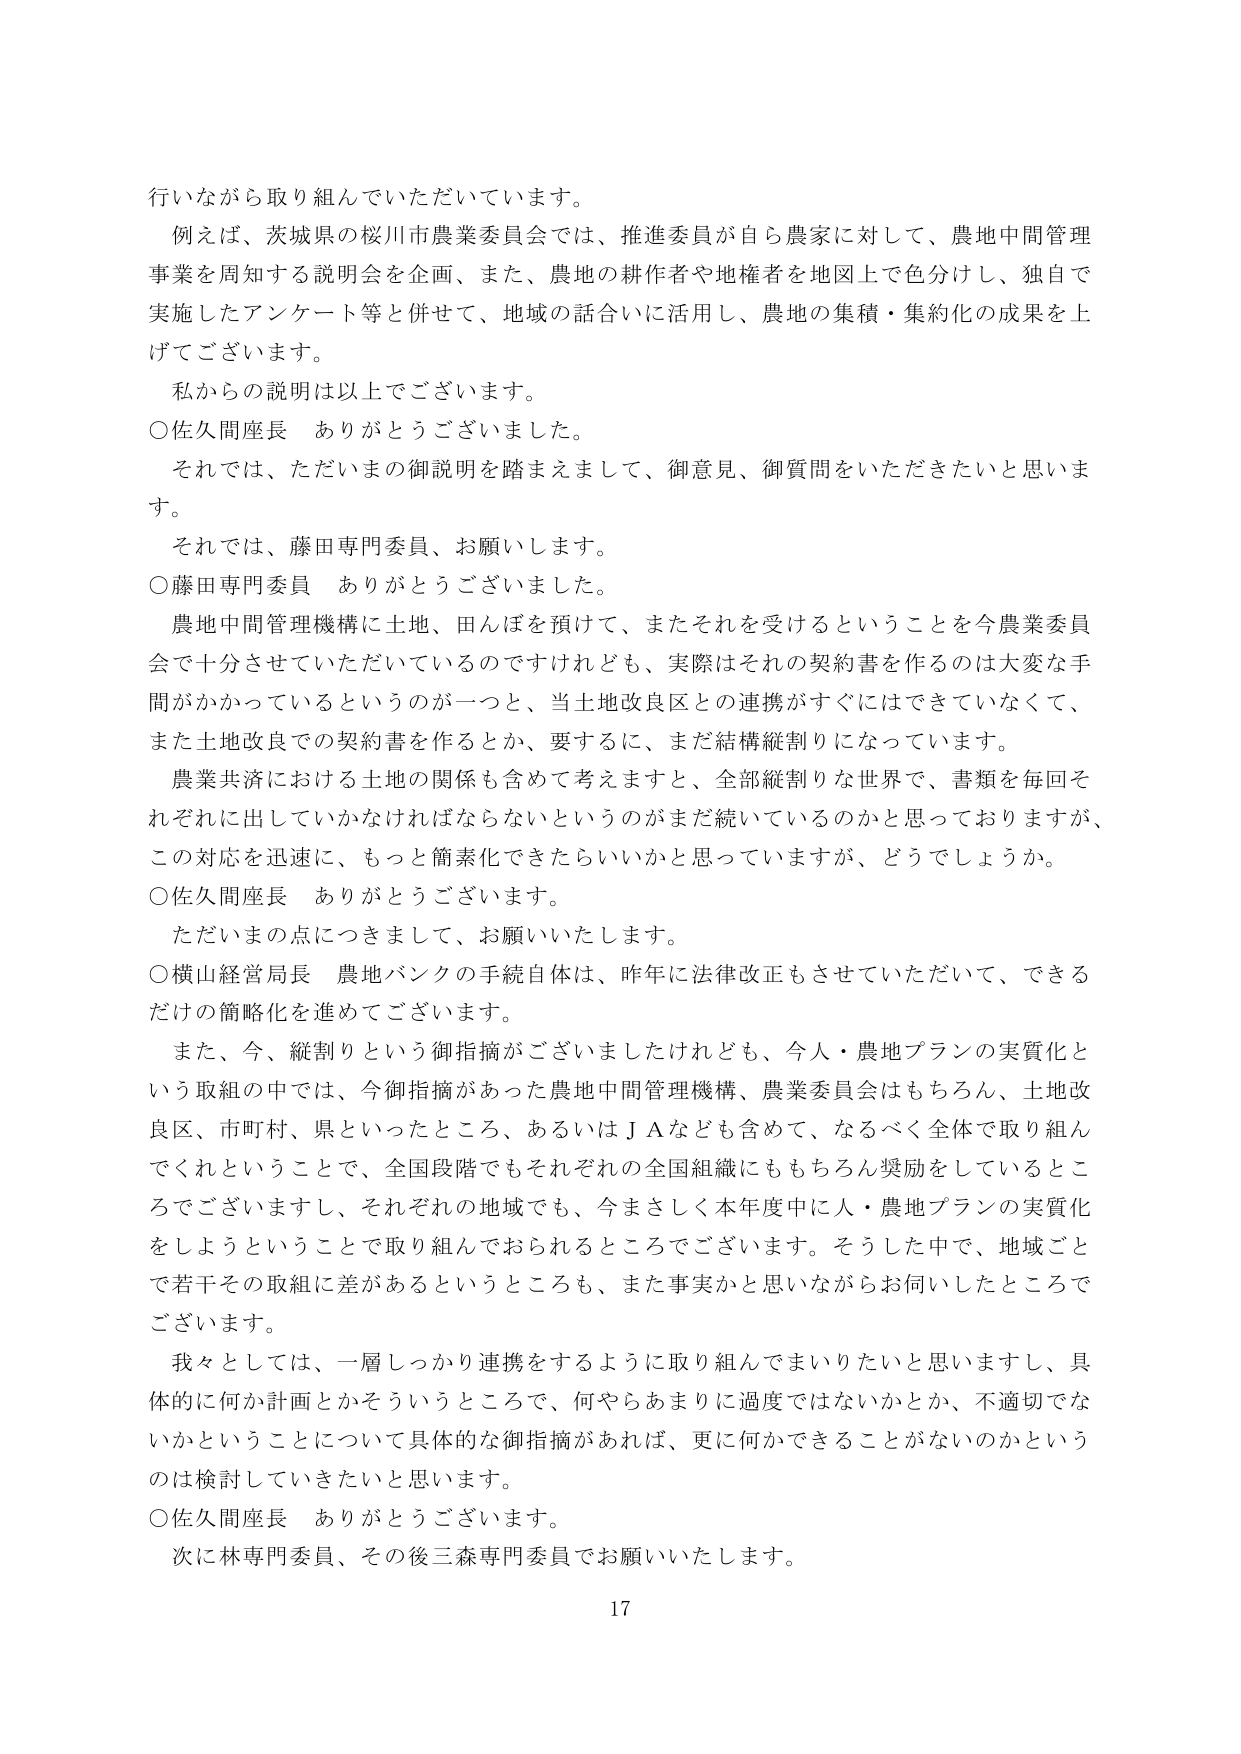
行いながら取り組んでいただいています。

例えば、茨城県の桜川市農業委員会では、推進委員が自ら農家に対して、農地中間管理事業を周知する説明会を企画、また、農地の耕作者や地権者を地図上で色分けし、独自で実施したアンケート等と併せて、地域の話合いに活用し、農地の集積・集約化の成果を上げてございます。

私からの説明は以上でございます。

○佐久間座長　ありがとうございました。

それでは、ただいまの御説明を踏まえまして、御意見、御質問をいただきたいと思います。

それでは、藤田専門委員、お願いします。

○藤田専門委員　ありがとうございました。

農地中間管理機構に土地、田んぼを預けて、またそれを受けるということを今農業委員会で十分させていただいているのですけれども、実際はそれの契約書を作るのは大変な手間がかかっているというのが一つと、当土地改良区との連携がすぐにはできていなくて、また土地改良での契約書を作るとか、要するに、まだ結構縦割りになっています。

農業共済における土地の関係も含めて考えますと、全部縦割りな世界で、書類を毎回それぞれに出していかなければならないというのがまだ続いているのかと思っておりますが、この対応を迅速に、もっと簡素化できたらいいかと思っていますが、どうでしょうか。

○佐久間座長　ありがとうございます。

ただいまの点につきまして、お願いいたします。

○横山経営局長　農地バンクの手続自体は、昨年に法律改正もさせていただいて、できるだけの簡略化を進めてございます。

また、今、縦割りという御指摘がございましたけれども、今人・農地プランの実質化という取組の中では、今御指摘があった農地中間管理機構、農業委員会はもちろん、土地改良区、市町村、県といったところ、あるいはＪＡなども含めて、なるべく全体で取り組んでくれということで、全国段階でもそれぞれの全国組織にももちろん奨励をしているところでございますし、それぞれの地域でも、今まさしく本年度中に人・農地プランの実質化をしようということで取り組んでおられるところでございます。そうした中で、地域ごとで若干その取組に差があるというところも、また事実かと思いながらお伺いしたところでございます。

我々としては、一層しっかり連携をするように取り組んでまいりたいと思いますし、具体的に何か計画とかそういうところで、何やらあまりに過度ではないかとか、不適切でないかということについて具体的な御指摘があれば、更に何かできることがないのかというのは検討していきたいと思います。

○佐久間座長　ありがとうございます。

次に林専門委員、その後三森専門委員でお願いいたします。

17